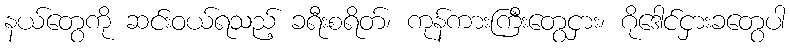
နယ်တွေကို ဆင်းဝယ်ရသည့် ခရီးစရိတ်၊ ကုန်ကားကြီးတွေငှား၊ ဂိုဒေါင်ငှားခတွေပါ